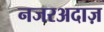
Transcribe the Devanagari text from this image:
नजरअदाज़